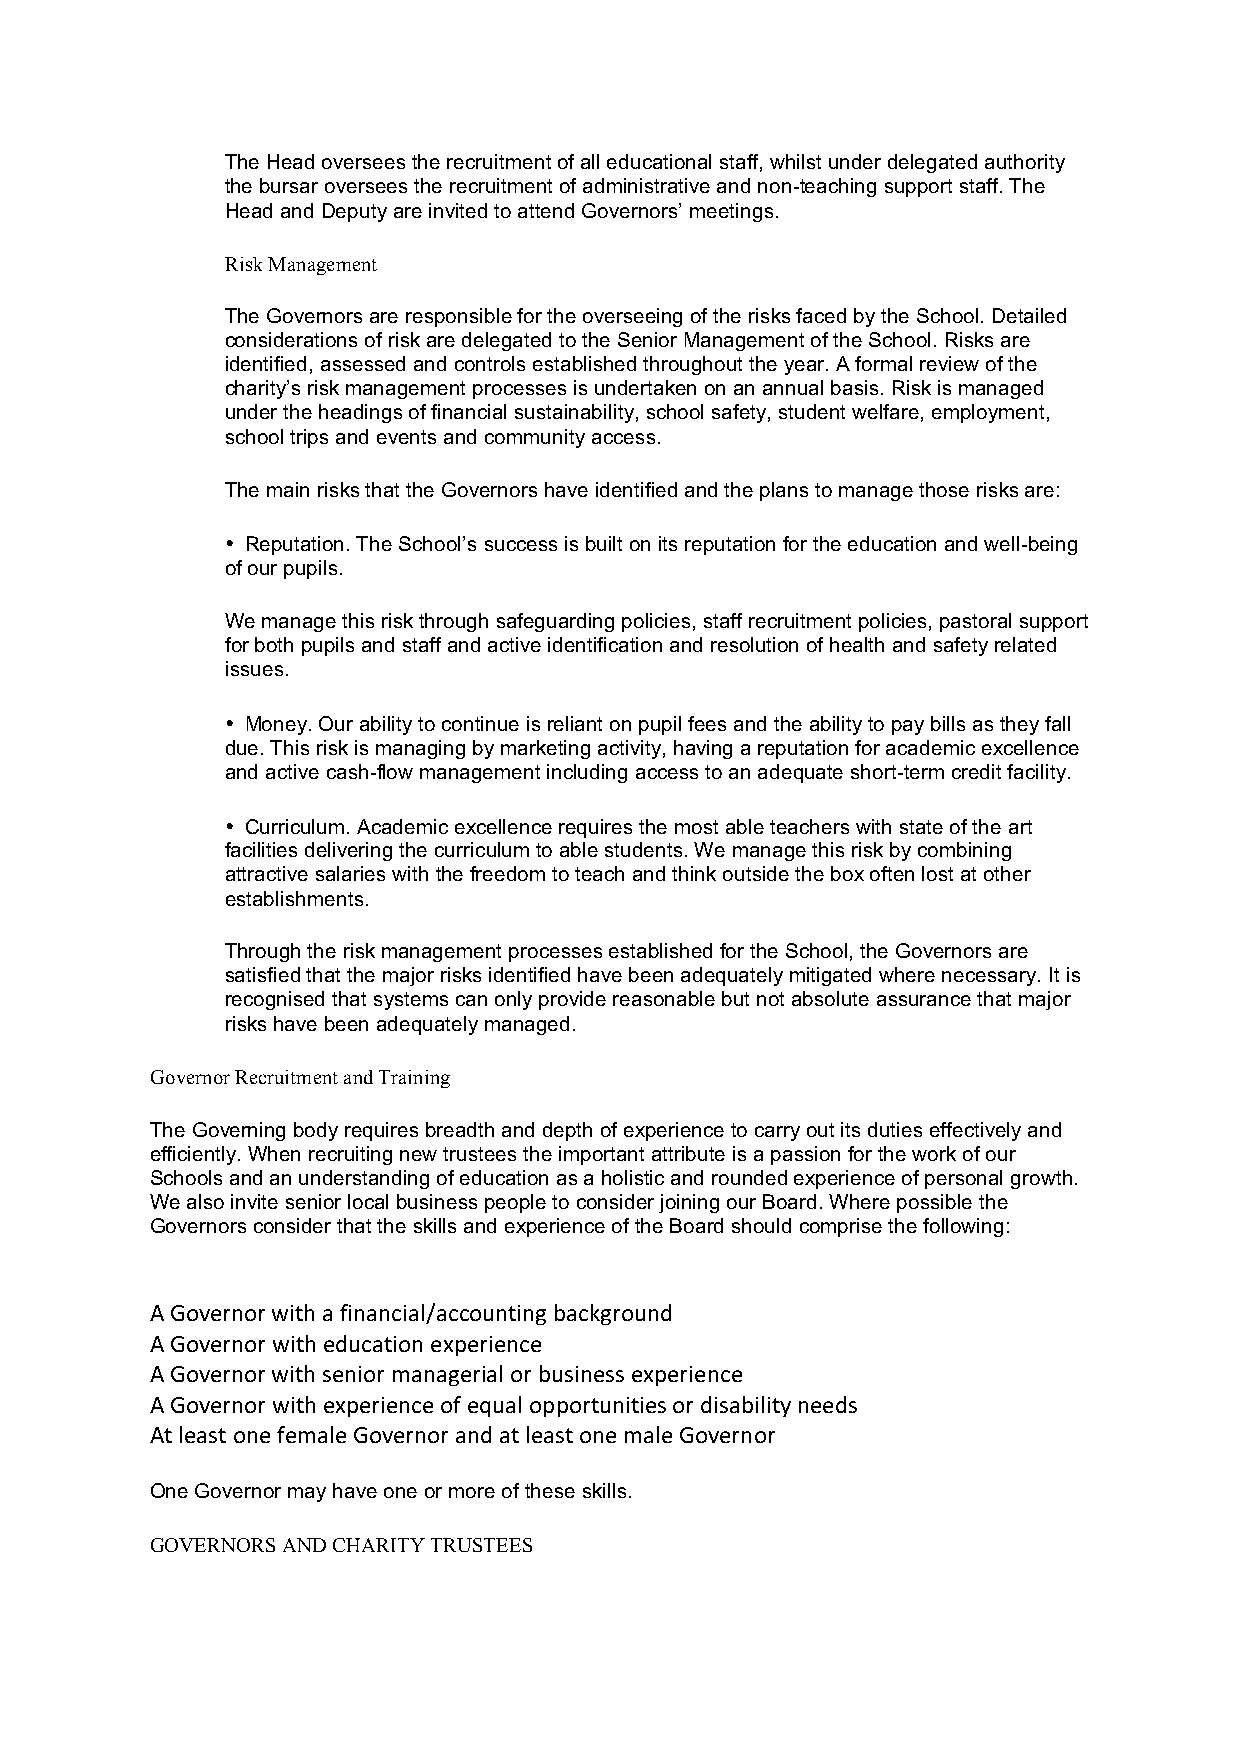
The Head oversees the recruitment of all educational staff, whilst under delegated authority
 the bursar oversees the recruitment of administrative and non-teaching support staff. The
 Head and Deputy are invited to attend Governors’ meetings.
 Risk Management
 The Governors are responsible for the overseeing of the risks faced by the School. Detailed
 considerations of risk are delegated to the Senior Management of the School. Risks are
 identified, assessed and controls established throughout the year. A formal review of the
 charity’s risk management processes is undertaken on an annual basis. Risk is managed
 under the headings of financial sustainability, school safety, student welfare, employment,
 school trips and events and community access.
 The main risks that the Governors have identified and the plans to manage those risks are:
 • Reputation. The School’s success is built on its reputation for the education and well-being
 of our pupils.
 We manage this risk through safeguarding policies, staff recruitment policies, pastoral support
 for both pupils and staff and active identification and resolution of health and safety related
 issues.
 • Money. Our ability to continue is reliant on pupil fees and the ability to pay bills as they fall
 due. This risk is managing by marketing activity, having a reputation for academic excellence
 and active cash-flow management including access to an adequate short-term credit facility.
 • Curriculum. Academic excellence requires the most able teachers with state of the art
 facilities delivering the curriculum to able students. We manage this risk by combining
 attractive salaries with the freedom to teach and think outside the box often lost at other
 establishments.
 Through the risk management processes established for the School, the Governors are
 satisfied that the major risks identified have been adequately mitigated where necessary. It is
 recognised that systems can only provide reasonable but not absolute assurance that major
 risks have been adequately managed.
 Governor Recruitment and Training
 The Governing body requires breadth and depth of experience to carry out its duties effectively and
 efficiently. When recruiting new trustees the important attribute is a passion for the work of our
 Schools and an understanding of education as a holistic and rounded experience of personal growth.
 We also invite senior local business people to consider joining our Board. Where possible the
 Governors consider that the skills and experience of the Board should comprise the following:
 A Governor with a financial/accounting background
 A Governor with education experience
 A Governor with senior managerial or business experience
 A Governor with experience of equal opportunities or disability needs
 At least one female Governor and at least one male Governor
 One Governor may have one or more of these skills.
 GOVERNORS AND CHARITY TRUSTEES